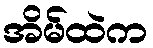
အိမ်ထဲက